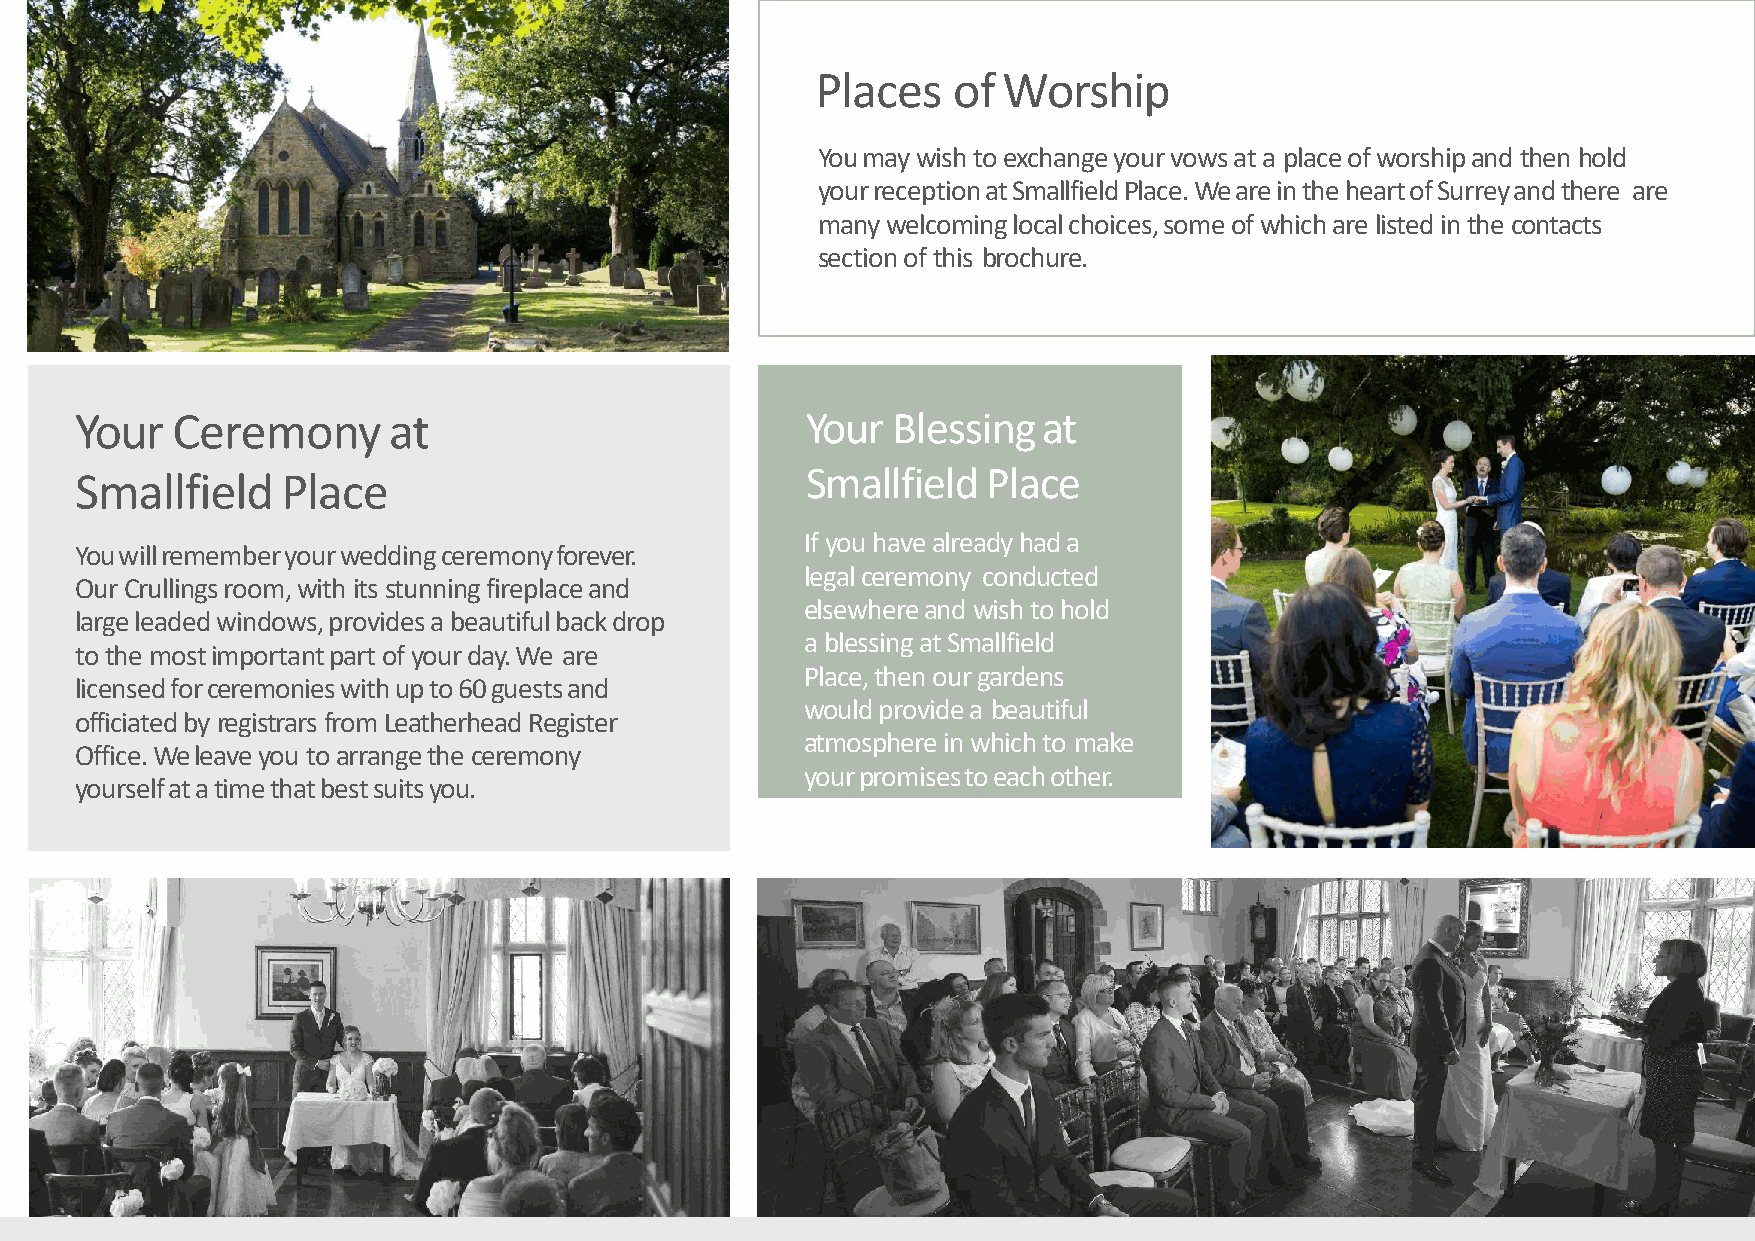
Places   of Worship
 You may wish to exchange your vows at a place of worship and then hold
 yourreceptionatSmallfieldPlace.WeareintheheartofSurreyandthere are
 many welcoming local choices, some of which are listed in the contacts
 section of this brochure.
 Your  Ceremony       at                         Your  Blessingat
 Smallfield    Place                             Smallfield  Place
 If you have already hada
 Youwillrememberyourweddingceremonyforever.
 legal ceremony conducted
 Our Crullings room, with its stunning fireplace and
 elsewhere and wish to hold
 large leaded windows, provides a beautiful back drop
 a blessing at Smallfield
 to the most important part of your day. We are
 Place, then our gardens
 licensedforceremonieswithupto60guestsand
 would provide a beautiful
 officiated by registrars from Leatherhead Register
 atmosphere in which to make
 Office. We leave you to arrange the ceremony
 yourpromisestoeachother.
 yourselfatatimethatbestsuitsyou.
 3